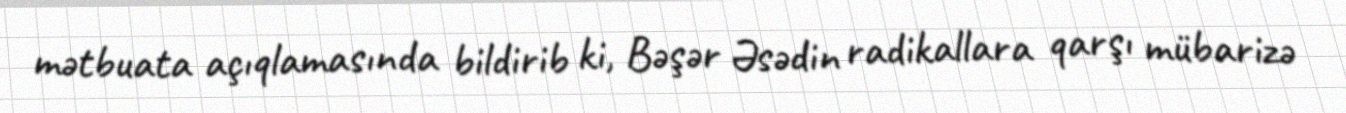
mətbuata açıqlamasında bildirib ki, Bəşər Əsədin radikallara qarşı mübarizə